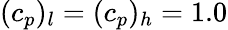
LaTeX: (c_{p})_{l}=(c_{p})_{h}=1.0